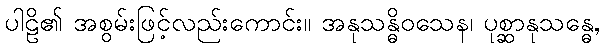
ပါဠိ၏ အစွမ်းဖြင့်လည်းကောင်း။ အနုသန္ဓိဝသေန၊ ပုစ္ဆာနုသန္ဓေ,